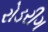
રોડરીગ